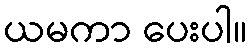
ယမကာ ပေးပါ။